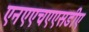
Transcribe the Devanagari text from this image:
एनएएचएएसडीए